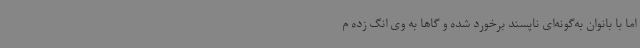
اما با بانوان به‌گونه‌ای ناپسند برخورد شده و گاها به وی انگ زده م